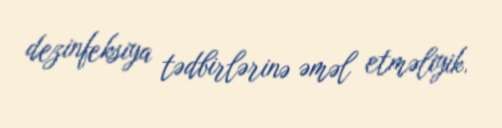
dezinfeksiya tədbirlərinə əməl etməliyik.